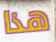
هذا